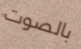
بالصوت